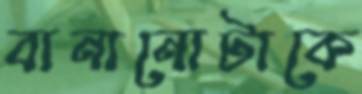
বানানোটাকে